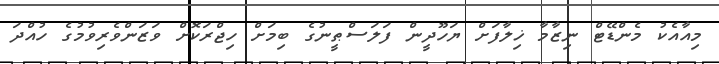
މިއާއެކު މެންޑޭޓް ނިޒާމާ ޚިލާފަށް ޔަހޫދީން ފަލަސްޠީނުގެ ބިމަށް ހިޖްރަކޮށް ވަޒަންވެރިވުމުގެ ހުއްދަ